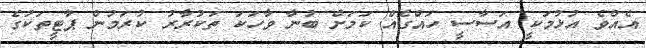
އެއްވެ އުޅުމަކީ އަސާސީ ހައްގެއް ކަމަށް ބުނާ ވާހަކަ ތަކުރާރު ކުރަމުން ޕާޓީތަކުގެ